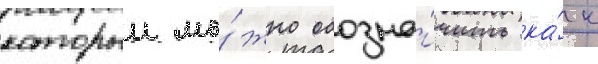
которыи мо́жно обозна́чить ка́к